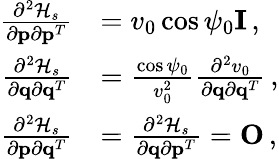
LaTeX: \begin{array}{rl}{\frac{\partial^{2}{\cal H}_{s}}{\partial{\mathbf p}\partial{\mathbf p}^{T}}}&{=v_{0}\cos\psi_{0}{\mathbf I}\, ,}\\ {\frac{\partial^{2}{\cal H}_{s}}{\partial{\mathbf q}\partial{\mathbf q}^{T}}}&{=\frac{\cos\psi_{0}}{v_{0}^{2}}\frac{\partial^{2}v_{0}}{\partial{\mathbf q}\partial{\mathbf q}^{T}}\, ,}\\ {\frac{\partial^{2}{\cal H}_{s}}{\partial{\mathbf p}\partial{\mathbf q}^{T}}}&{=\frac{\partial^{2}{\cal H}_{s}}{\partial{\mathbf q}\partial{\mathbf p}^{T}}={\mathbf O}\, ,}\end{array}